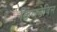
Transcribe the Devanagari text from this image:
किलडेविल